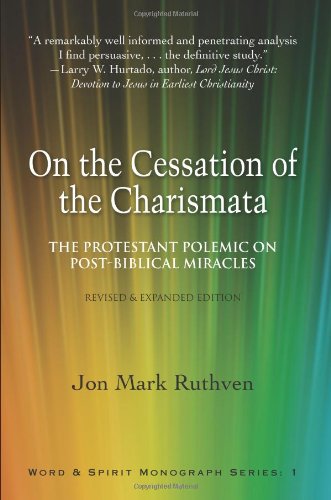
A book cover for On the Cessation of the Charismata: The Protestant Polemic on Post-biblical Miracles--Revised & Expanded Edition; Jon Mark Ruthven; Christian Books & Bibles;